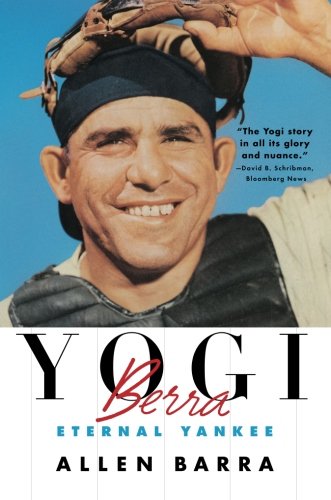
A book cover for Yogi Berra: Eternal Yankee; Allen Barra; Biographies & Memoirs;